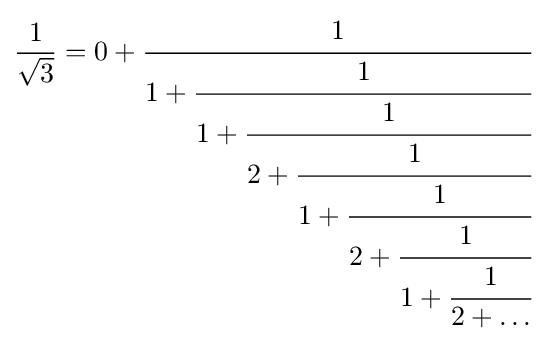
{\frac {1}{\sqrt {3}}}=0+{\cfrac {1}{1+{\cfrac {1}{1+{\cfrac {1}{2+{\cfrac {1}{1+{\cfrac {1}{2+{\cfrac {1}{1+{\cfrac {1}{2+\dots }}}}}}}}}}}}}}